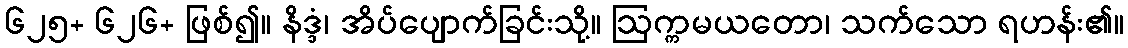
၆၂၅+ ၆၂၆+ ဖြစ်၍။ နိဒ္ဒံ၊ အိပ်ပျောက်ခြင်းသို့။ ဩက္ကမယတော၊ သက်သော ရဟန်း၏။